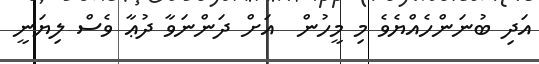
އަދި ބުނަންހެއްޔެވެ މި މީހުން  އަށް ދަންނަވާ ދުޢާ ވެސް ލިޔަނީ